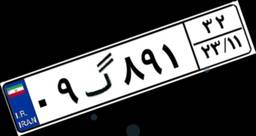
۰۹گ۸۹۱۳۲